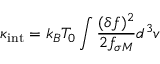
\kappa _ { \mathrm { i n t } } = k _ { B } T _ { 0 } \int \frac { ( \delta f ) ^ { 2 } } { 2 f _ { \sigma M } } d ^ { 3 } v